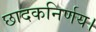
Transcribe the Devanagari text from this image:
छादकनिर्णय।